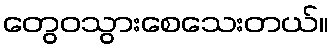
တွေဝသွားစေသေးတယ်။